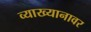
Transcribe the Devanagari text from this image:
व्याख्यानावर